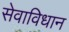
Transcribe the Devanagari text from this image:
सेवाविधान